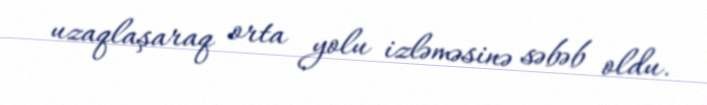
uzaqlaşaraq orta yolu izləməsinə səbəb oldu.